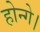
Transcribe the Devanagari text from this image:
होन्गे।